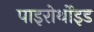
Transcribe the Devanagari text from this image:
पाइरोर्थोइड